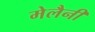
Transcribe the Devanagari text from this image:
मेलैनी